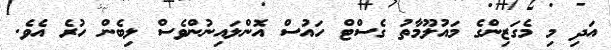
އަދި މި މެގަޒިންގެ މައުލޫމާތު ގެސްޓް ހައުސް އޮންލައިނުންވެސް ލިބެން ހުރެ އެވެ.